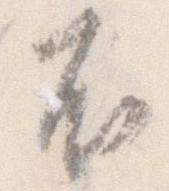
不